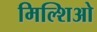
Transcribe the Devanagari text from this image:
मिल्शिओ